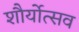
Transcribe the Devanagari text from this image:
शौर्योत्सव